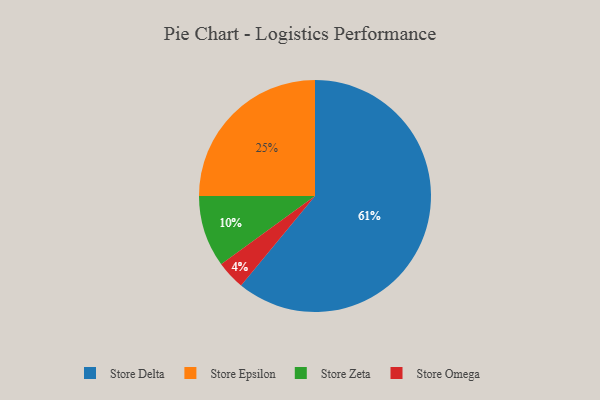
{"axis": {"x": "Category", "y": "Percentage"}, "legend": ["Store Delta", "Store Epsilon", "Store Omega", "Store Zeta"], "data": [{"x": "Store Delta", "y": 61, "type": "Store Delta"}, {"x": "Store Epsilon", "y": 25, "type": "Store Epsilon"}, {"x": "Store Omega", "y": 4, "type": "Store Omega"}, {"x": "Store Zeta", "y": 10, "type": "Store Zeta"}]}